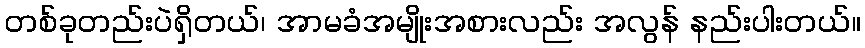
တစ်ခုတည်းပဲရှိတယ်၊ အာမခံအမျိုးအစားလည်း အလွန် နည်းပါးတယ်။